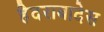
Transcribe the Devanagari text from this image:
हैदराबादेस